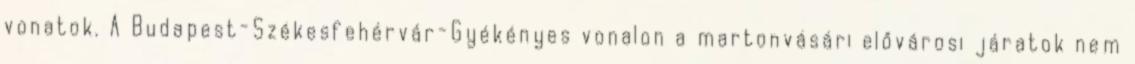
vonatok. A Budapest-Székesfehérvár-Gyékényes vonalon a martonvásári elővárosi járatok nem